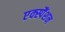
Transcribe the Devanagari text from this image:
एक्स्पैंशन